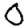
Digit: 0